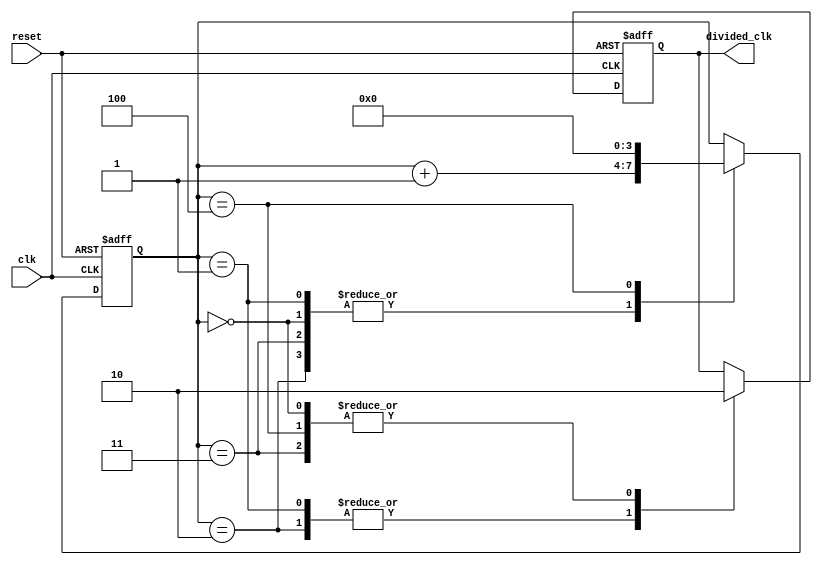
module JohnsonCounterClockDivider (
    input wire clk,
    input wire reset,
    output reg divided_clk
);

reg [3:0] counter;

always @(posedge clk or posedge reset) begin
    if (reset) begin
        counter <= 4'b0000;
        divided_clk <= 1'b0;
    end else begin
        case(counter)
            4'b0000: begin
                divided_clk <= 1'b0;
                counter <= counter + 1;
            end
            4'b0001: begin
                divided_clk <= 1'b1;
                counter <= counter + 1;
            end
            4'b0010: begin
                divided_clk <= 1'b1;
                counter <= counter + 1;
            end
            4'b0011: begin
                divided_clk <= 1'b0;
                counter <= counter + 1;
            end
            4'b0100: begin
                divided_clk <= 1'b0;
                counter <= 4'b0000;
            end
        endcase
    end
end

endmodule